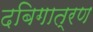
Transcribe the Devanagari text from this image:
दबिगात्रण